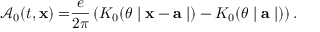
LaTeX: \mathcal { A } _ { 0 } ( t , \mathbf { x ) = } \frac { e } { 2 \pi } \left( K _ { 0 } ( \theta \mid \mathbf { x - a } \mid ) - K _ { 0 } ( \theta \mid \mathbf { a } \mid ) \right) .